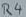
Text: R4